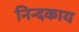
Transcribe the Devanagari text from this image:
निन्दकाय